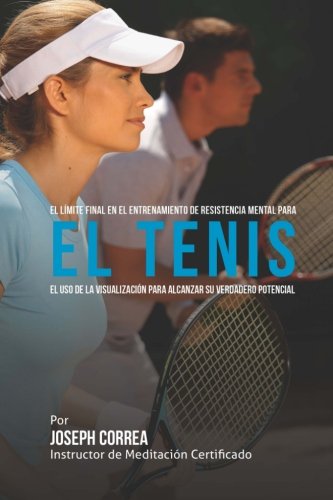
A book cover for El Limite Final en el Entrenamiento de Resistencia Mental Para el Tenis: El Uso de la Visualizacion para Alcanzar su Verdadero Potencial (Spanish Edition); Joseph Correa (Instructor de Meditacion Certificado); Sports & Outdoors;